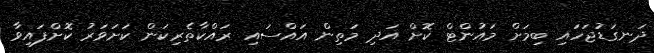
ދަނގަޑުޖަހައި ބިމަށް މައުންޓް ކޮށް އަދި މަތިން އައްސައި ރައްކާތެރިކަން ކަށަވަރު ކޮށްފައިވާ